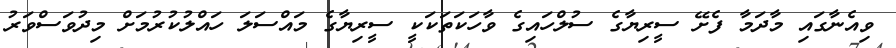
ވިއެނާގައި މާދަމާ ފެށޭ ސީރިޔާގެ ސުލްހައިގެ ވާހަކަތަކަކީ ސީރިޔާގެ މައްސަލަ ހައްލުކުރުމަށް މިދުވަސްވަރު